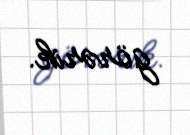
görərik.